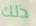
ذلك